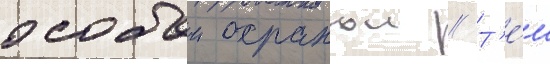
особои охранои // Т'е́м